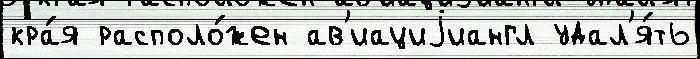
кра́я располо́жен ав'иациjиангл удал'я́ть